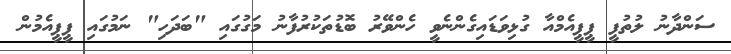
ސަންދާނު ލުތުފީ ޕީޕީއެމްއާ ގުޅިވަޑައިގެންނެވީ ހެންވޭރު ބޮޑުތަކުރުފާނު މަގުގައި "ބަދަހި" ނަމުގައި ޕީޕީއެމުން